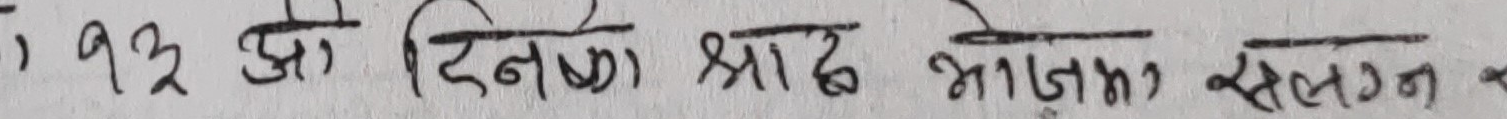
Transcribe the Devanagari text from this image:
१३ को दिनको श्राद्ध भोजनमा संलग्न